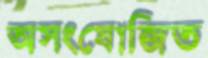
অসংযোজিত